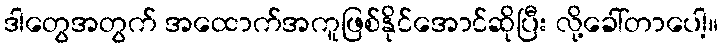
ဒါတွေအတွက် အထောက်အကူဖြစ်နိုင်အောင်ဆိုပြီး လို့ခေါ်တာပေါ့။